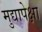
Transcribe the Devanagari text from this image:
मुद्यापेक्षा